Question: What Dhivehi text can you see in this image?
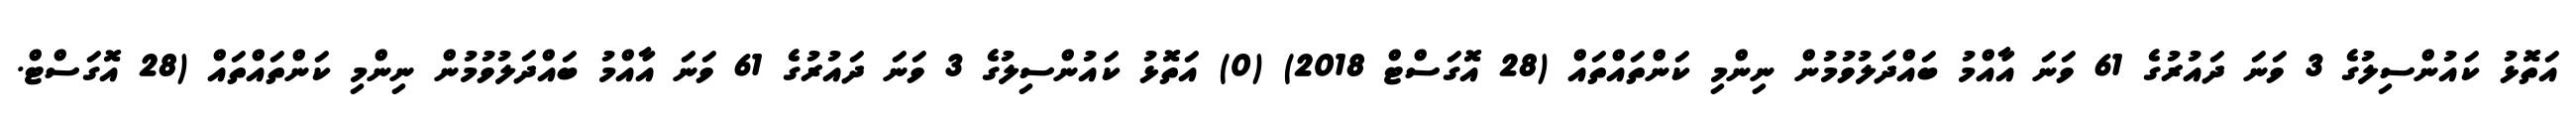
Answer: އަތޮޅު ކައުންސިލުގެ 3 ވަނަ ދައުރުގެ 61 ވަނަ އާއްމު ބައްދަލުވުމުން ނިންމި ކަންތައްތައް (28 އޮގަސްޓް 2018) (0) އަތޮޅު ކައުންސިލުގެ 3 ވަނަ ދައުރުގެ 61 ވަނަ އާއްމު ބައްދަލުވުމުން ނިންމި ކަންތައްތައް (28 އޮގަސްޓް.